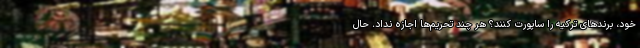
خود، برندهای ترکیه را ساپورت کنند؟ هر چند تحریم‌ها اجازه نداد. حال